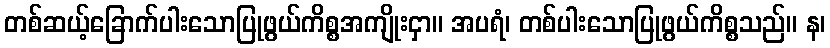
တစ်ဆယ့်ခြောက်ပါးသောပြုဖွယ်ကိစ္စအကျိုးငှာ။ အပရံ၊ တစ်ပါးသောပြုဖွယ်ကိစ္စသည်။ န၊